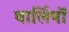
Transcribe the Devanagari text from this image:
वार्लियों